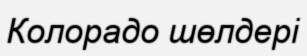
Колорадо шөлдері